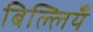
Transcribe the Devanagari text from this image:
बिल्लियँ